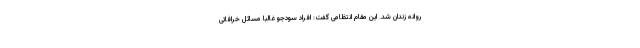
روانه زندان شد. این مقام انتظامی گفت: افراد سودجو غالباً مسائل خرافاتی